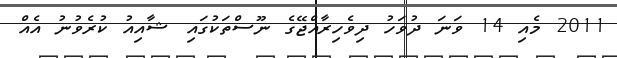
2011 މެއި 14 ވަނަ ދުވަހު ދިވެހިރާއްޖޭގެ ނޫސްތަކުގައި ޝާއިއު ކުރެވުނު އެއް